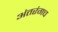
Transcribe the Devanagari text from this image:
अंतरंगच